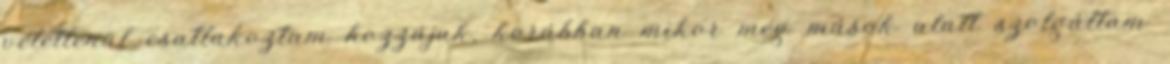
véletlenül csatlakoztam hozzájuk, korábban mikor még mások alatt szolgáltam